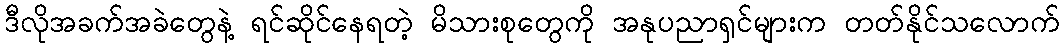
ဒီလိုအခက်အခဲတွေနဲ့ ရင်ဆိုင်နေရတဲ့ မိသားစုတွေကို အနုပညာရှင်များက တတ်နိုင်သလောက်